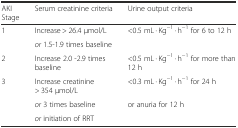
<table><thead><tr><td><b>AKI Stage</b></td><td><b>Serum creatinine criteria</b></td><td><b>Urine output criteria</b></td></tr></thead><tbody><tr><td rowspan="2">1</td><td>Increase &gt; 26.4 μmol/L</td><td rowspan="2">&lt;0.5 mL · Kg<sup>−1</sup> · h<sup>−1</sup> for 6 to 12 h</td></tr><tr><td><i>or</i> 1.5-1.9 times baseline</td></tr><tr><td>2</td><td>Increase 2.0 -2.9 times baseline</td><td>&lt;0.5 mL · Kg<sup>−1</sup> · h<sup>−1</sup> for more than 12 h</td></tr><tr><td rowspan="4">3</td><td>Increase creatinine &gt; 354 μmol/L</td><td rowspan="2">&lt;0.3 mL · Kg<sup>−1</sup> · h<sup>−1</sup> for 24 h</td></tr><tr><td rowspan="2"><i>or</i> 3 times baseline</td></tr><tr><td rowspan="2">or anuria for 12 h</td></tr><tr><td><i>or</i> initiation of RRT</td></tr></tbody></table>